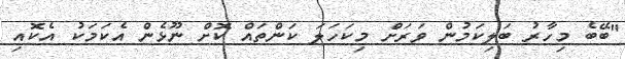
"ބޭބެ މިހާރު ބަލިކަމުން ވަރަށް މިކަހަލަ ކަންތައް ކޮށް ނޫޅެން އެކަމަކު އެކޮއި